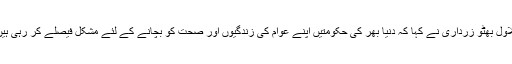
بلاول بھٹو زرداری نے کہا کہ دنیا بھر کی حکومتیں اپنے عوام کی زندگیوں اور صحت کو بچانے کے لئے مشکل فیصلے کر رہی ہیں۔